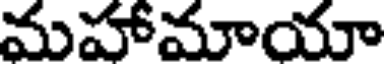
మహామాయా